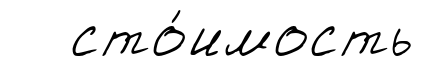
сто́имость